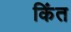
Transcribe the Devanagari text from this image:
किंत